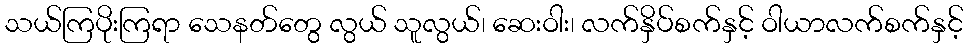
သယ်ကြပိုးကြရာ သေနတ်တွေ လွယ် သူလွယ်၊ ဆေးဝါး၊ လက်နှိပ်စက်နှင့် ဝါယာလက်စက်နှင့်